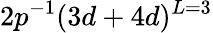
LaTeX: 2p^{-1}(3d+4d)^{L=3}